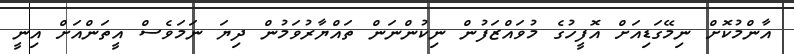
އާންމުކޮށް ނިމޭގަޑިއަށް އޮފީހުގެ މުވައްޒަފުން ނިކުންނަން ތައްޔާރުވަމުން ދިޔަ ނަމަވެސް އީތަންއަށް އިނީ